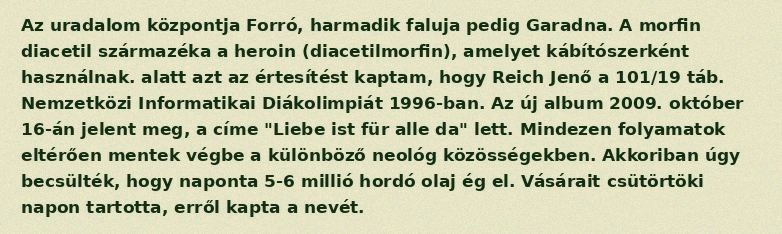
Az uradalom központja Forró, harmadik faluja pedig Garadna. A morfin diacetil származéka a heroin (diacetilmorfin), amelyet kábítószerként használnak. alatt azt az értesítést kaptam, hogy Reich Jenő a 101/19 táb. Nemzetközi Informatikai Diákolimpiát 1996-ban. Az új album 2009. október 16-án jelent meg, a címe "Liebe ist für alle da" lett. Mindezen folyamatok eltérően mentek végbe a különböző neológ közösségekben. Akkoriban úgy becsülték, hogy naponta 5-6 millió hordó olaj ég el. Vásárait csütörtöki napon tartotta, erről kapta a nevét.